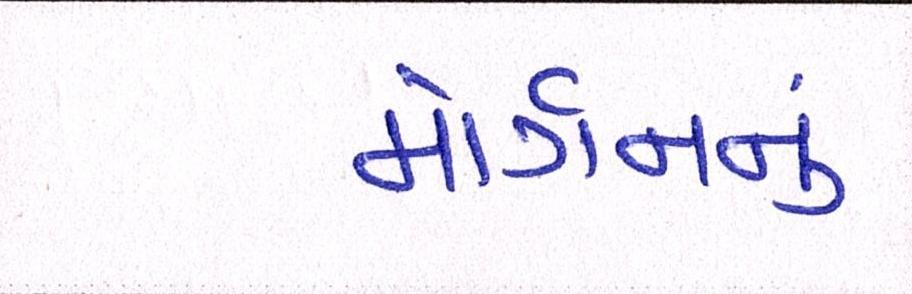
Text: મોર્ગનનું